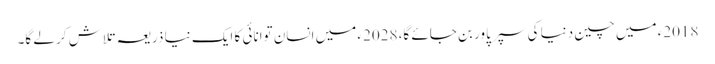
2018ء میں چین دنیا کی سپر پاور بن جائے گا، 2028ء میں انسان توانائی کا ایک نیا ذریعہ تلاش کر لے گا۔